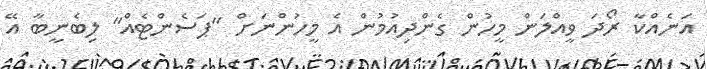
އަނެއްކާ ރޯދަ ވީއްލަން މީހުން ގެންދިއުމުން އެ މީހުންނަށް "ޕަސެންޓެއް" ލިބެނީބާ އޭ